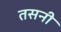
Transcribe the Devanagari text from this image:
तसनी